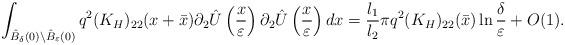
LaTeX: \begin{align*}\int_{\hat{B}_{\delta}(0)\setminus\hat{B}_{\varepsilon}(0)}q^2(K_{H})_{22}(x+\bar{x})\partial_2 \hat{U}\left( \frac{x}{\varepsilon}\right) \partial_2\hat{U}\left( \frac{x}{\varepsilon}\right) dx=\frac{l_1}{l_2}\pi q^2(K_{H})_{22}(\bar{x})\ln\frac{\delta}{\varepsilon}+O(1).\end{align*}